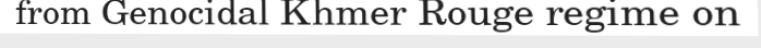
from Genocidal Khmer Rouge regime on